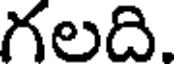
గలది.